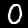
Digit: 0